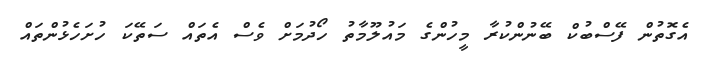
އެގޮތުން ފޭސްބުކް ބޭނުންކުރާ މީހުންގެ މައުލޫމާތު ހޯދުމަށް ވެސް އެތައް ސަތޭކަ ހުށަހެޅުންތައް